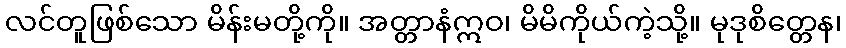
လင်တူဖြစ်သော မိန်းမတို့ကို။ အတ္တာနံဣဝ၊ မိမိကိုယ်ကဲ့သို့။ မုဒုစိတ္တေန၊